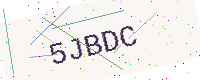
Text: 5JBDC